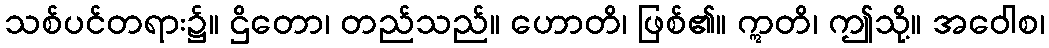
သစ်ပင်တရား၌။ ဌိတော၊ တည်သည်။ ဟောတိ၊ ဖြစ်၏။ ဣတိ၊ ဤသို့။ အဝေါစ၊